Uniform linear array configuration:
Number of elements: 12
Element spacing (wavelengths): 1
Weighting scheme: kaiser
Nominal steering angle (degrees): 15
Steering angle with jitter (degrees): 14.233
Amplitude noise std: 0.05
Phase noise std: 0.05

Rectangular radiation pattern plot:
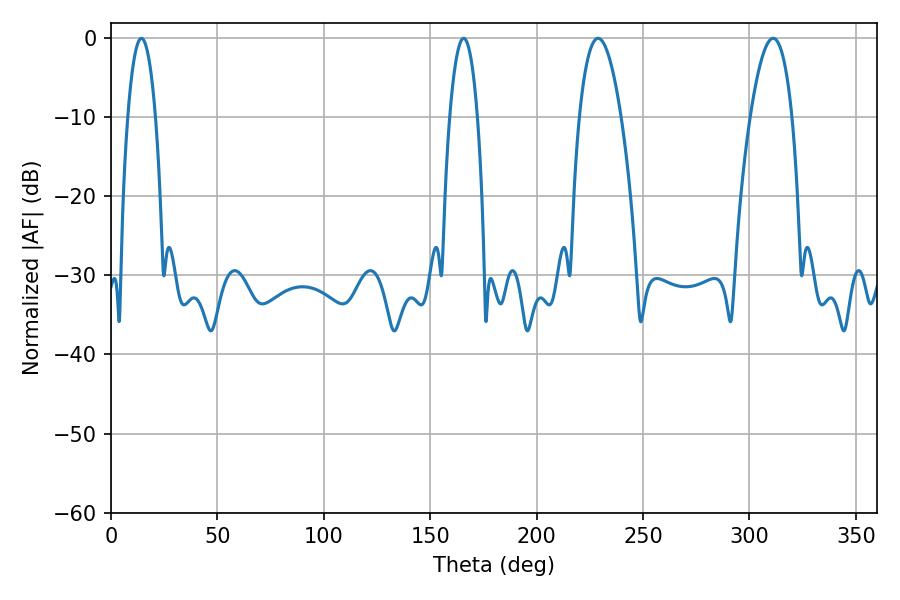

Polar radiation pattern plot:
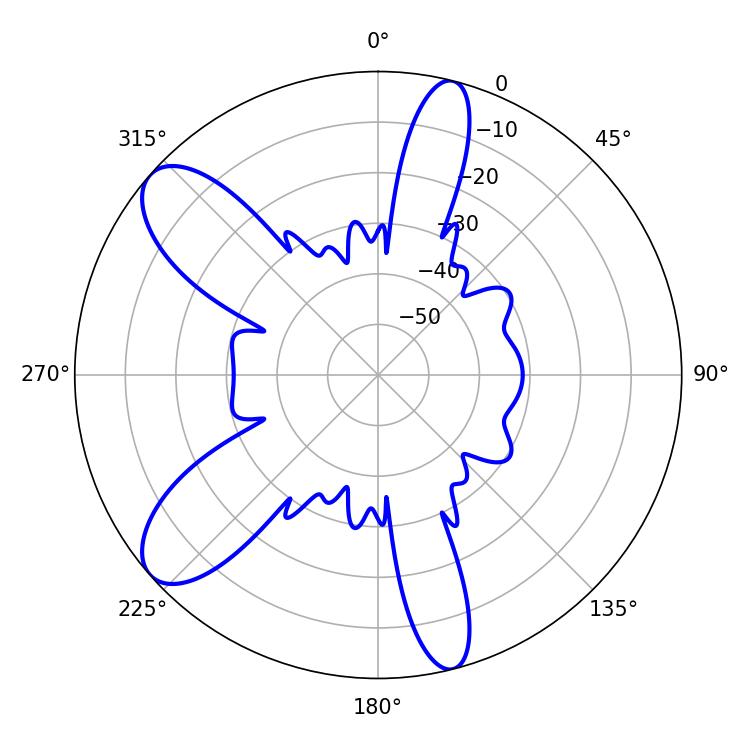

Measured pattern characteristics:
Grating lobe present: TRUE
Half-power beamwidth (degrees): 10.8
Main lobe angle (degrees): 228.78